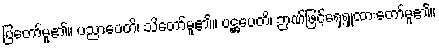
ပြတော်မူ၏။ ပညာပေတိ၊ သိတော်မူ၏။ ပဋ္ဌပေတိ၊ ဉာဏ်ဖြင့်ရှေ့ရှုထားတော်မူ၏။